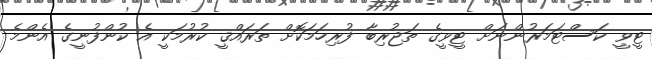
ޓީވީ ކަސްޓަމަރުންނަށް ޓީވީގެ ތަޖުރިބާ ފުރިހަމަކޮށް ތަރައްޤީ ކުރުމަކީ އެ ކުންފުނީގެ އެންމެ